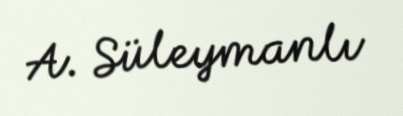
A. Süleymanlı